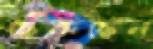
ছেঁকছেন